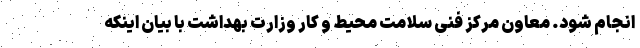
انجام شود. معاون مرکز فنی سلامت محیط و کار وزارت بهداشت با بیان اینکه